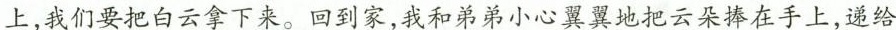
上，我们要把白云拿下来。回到家，我和弟弟小心翼翼地把云朵捧在手上，递给